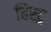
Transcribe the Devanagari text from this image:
हिस्ट्र